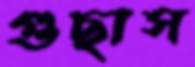
গুছাস